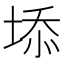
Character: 𡍞